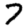
Digit: 7